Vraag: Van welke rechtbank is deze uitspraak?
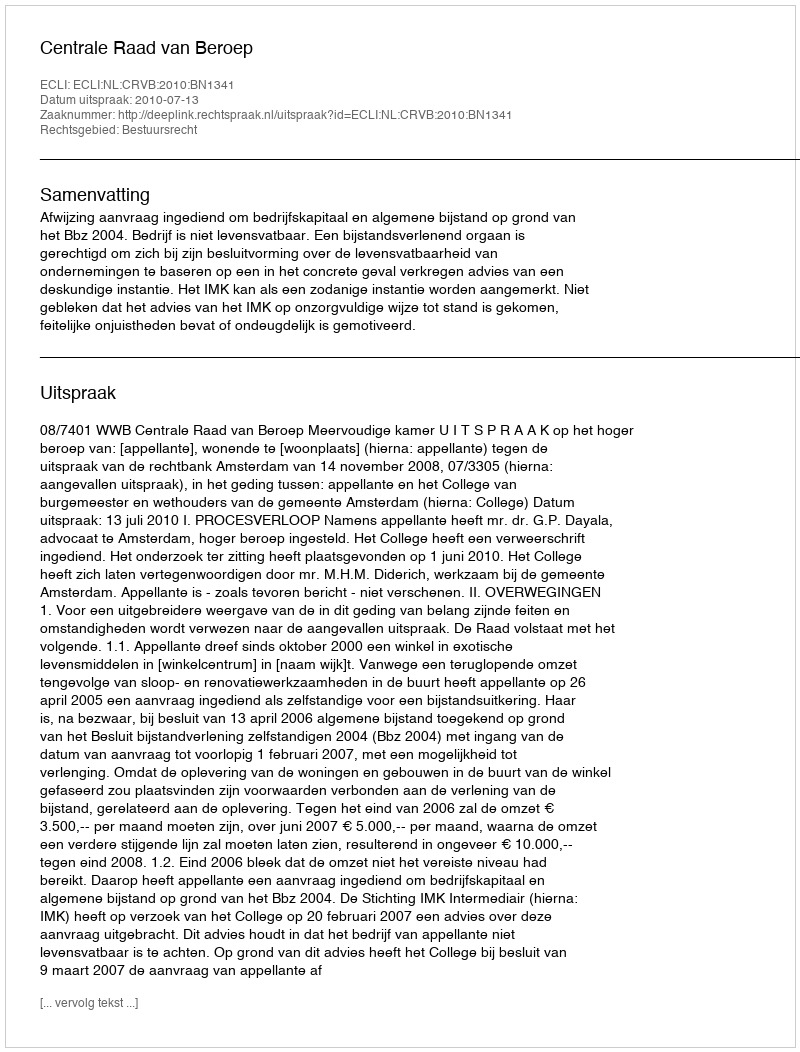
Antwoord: Centrale Raad van Beroep